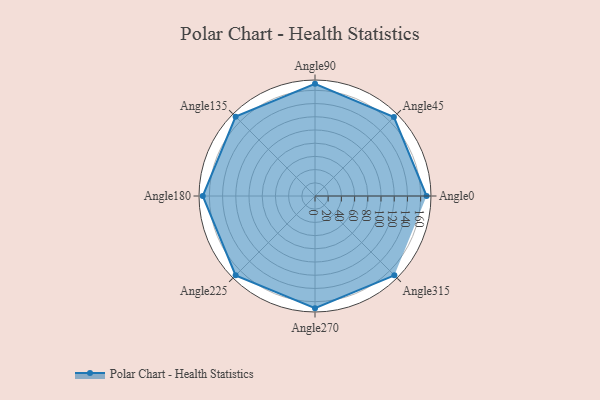
{"axis": {"x": "Angle", "y": "Radius"}, "legend": [""], "data": [{"x": "Angle0", "y": 169.0, "type": ""}, {"x": "Angle45", "y": 169.0, "type": ""}, {"x": "Angle90", "y": 170, "type": ""}, {"x": "Angle135", "y": 170, "type": ""}, {"x": "Angle180", "y": 170, "type": ""}, {"x": "Angle225", "y": 170, "type": ""}, {"x": "Angle270", "y": 170, "type": ""}, {"x": "Angle315", "y": 170, "type": ""}]}